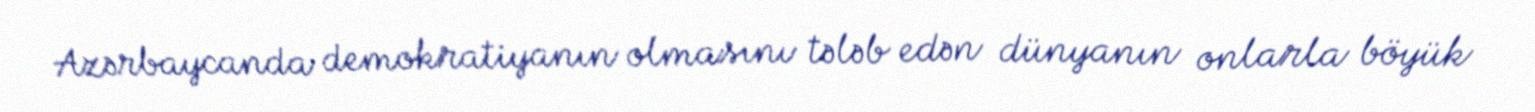
Azərbaycanda demokratiyanın olmasını tələb edən dünyanın onlarla böyük